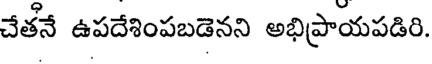
చేతనే ఉపదేశింపబడెనని అభిప్రాయపడిరి.